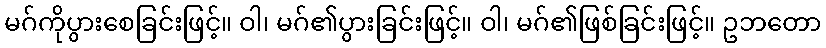
မဂ်ကိုပွားစေခြင်းဖြင့်။ ဝါ၊ မဂ်၏ပွားခြင်းဖြင့်။ ဝါ၊ မဂ်၏ဖြစ်ခြင်းဖြင့်။ ဥဘတော